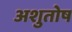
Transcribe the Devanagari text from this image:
अशुतोष